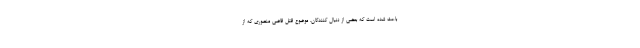
باعث شده است که بعضی از دنبال کنندگان، موضوع قتل قاضی منصوری که از